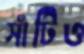
সাঁটিও